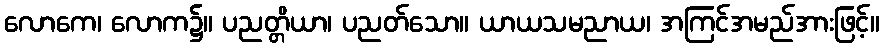
လောကေ၊ လောက၌။ ပညတ္တိယာ၊ ပညတ်သော။ ယာယသမညာယ၊ အကြင်အမည်အားဖြင့်။